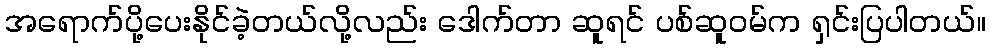
အရောက်ပို့ပေးနိုင်ခဲ့တယ်လို့လည်း ဒေါက်တာ ဆူရင် ပစ်ဆူဝမ်က ရှင်းပြပါတယ်။